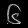
Digit: ၆